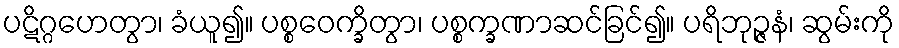
ပဋိဂ္ဂဟေတွာ၊ ခံယူ၍။ ပစ္စဝေက္ခိတွာ၊ ပစ္စက္ခဏာဆင်ခြင်၍။ ပရိဘုဉ္ဇနံ၊ ဆွမ်းကို